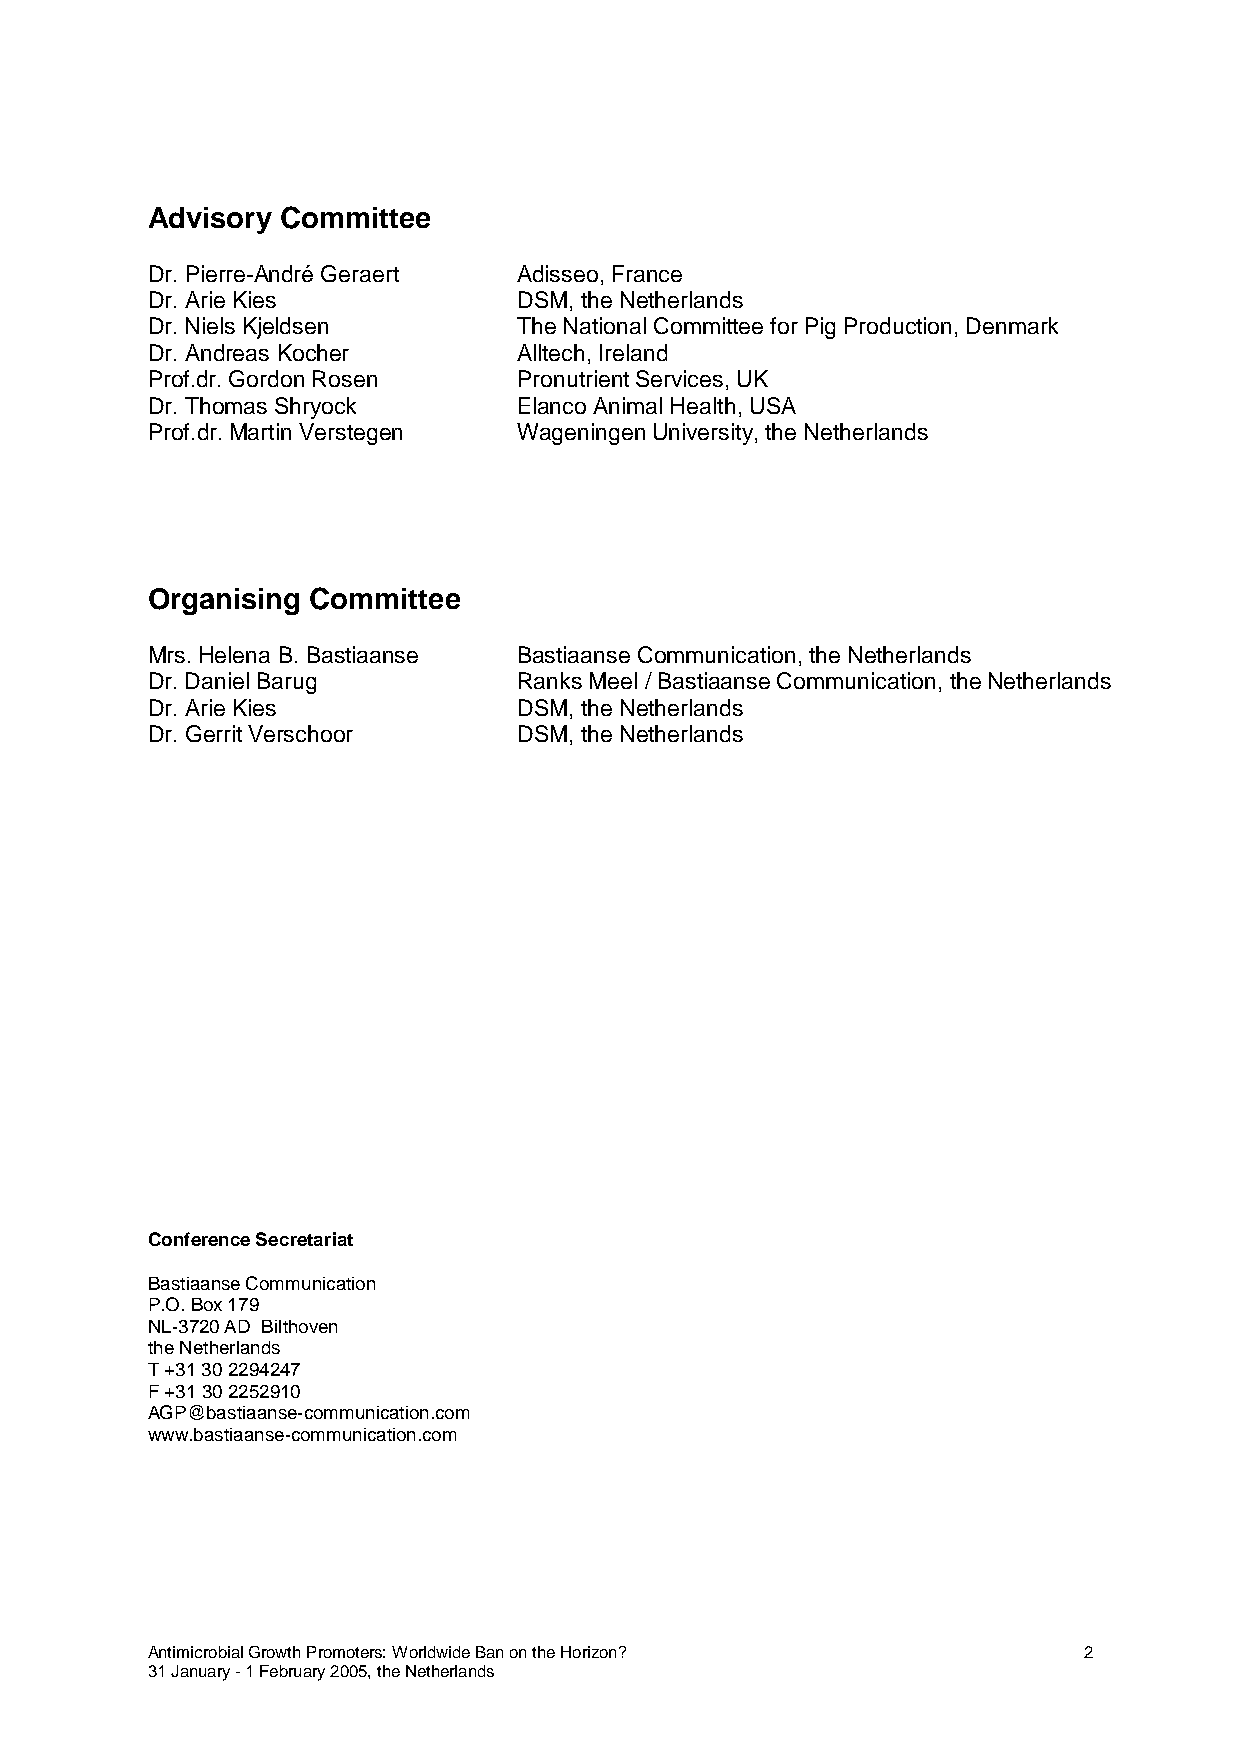
Advisory Committee
 Dr. Pierre-André Geraert Adisseo, France
 Dr. Arie Kies           DSM, the Netherlands
 Dr. Niels Kjeldsen      The National Committee for Pig Production, Denmark
 Dr. Andreas Kocher      Alltech, Ireland
 Prof.dr. Gordon Rosen   Pronutrient Services, UK
 Dr. Thomas Shryock      Elanco Animal Health, USA
 Prof.dr. Martin Verstegen Wageningen University, the Netherlands
 Organising Committee
 Mrs. Helena B. Bastiaanse Bastiaanse Communication, the Netherlands
 Dr. Daniel Barug        Ranks Meel / Bastiaanse Communication, the Netherlands
 Dr. Arie Kies           DSM, the Netherlands
 Dr. Gerrit Verschoor    DSM, the Netherlands
 Conference Secretariat
 Bastiaanse Communication
 P.O. Box 179
 NL-3720 AD Bilthoven
 the Netherlands
 T +31 30 2294247
 F +31 30 2252910
 AGP@bastiaanse-communication.com
 www.bastiaanse-communication.com
 Antimicrobial Growth Promoters: Worldwide Ban on the Horizon? 2
 31 January - 1 February 2005, the Netherlands